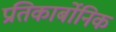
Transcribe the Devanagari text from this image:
प्रतिकार्बोनिक